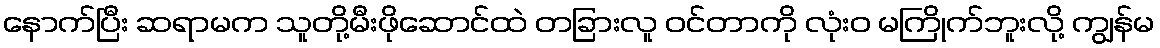
နောက်ပြီး ဆရာမက သူတို့မီးဖိုဆောင်ထဲ တခြားလူ ဝင်တာကို လုံးဝ မကြိုက်ဘူးလို့ ကျွန်မ